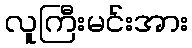
လူကြီးမင်းအား